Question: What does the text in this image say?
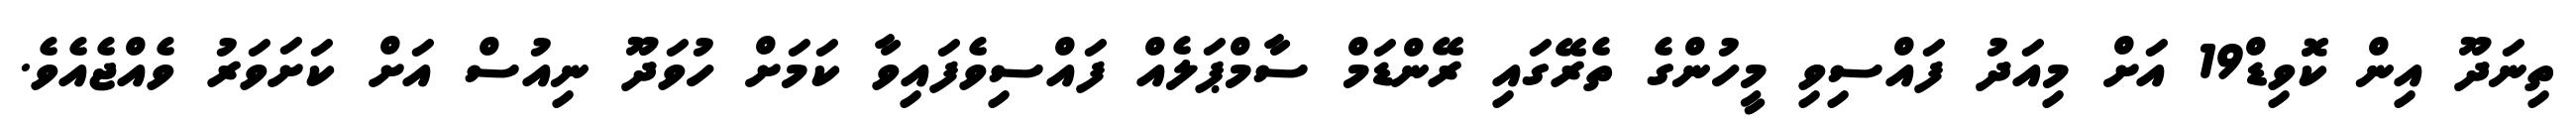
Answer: ތިނަދޫ އިން ކޮވިޑް19 އަށް މިއަދު ފައްސިވި މީހުންގެ ތެރޭގައި ރޭންޑަމް ސާމްޕަލެއް ފައްސިވެފައިވާ ކަމަށް ހުވަދޫ ނިއުސް އަށް ކަށަވަރު ވެއްޖެއެވެ.